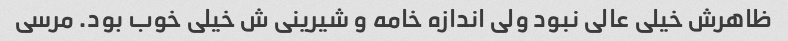
ظاهرش خیلی عالی نبود ولی اندازه خامه و شیرینی ش خیلی خوب بود. مرسی